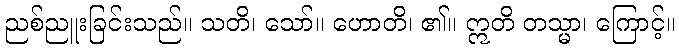
ညစ်ညူးခြင်းသည်။ သတိ၊ သော်။ ဟောတိ၊ ၏။ ဣတိ တသ္မာ၊ ကြောင့်။